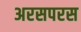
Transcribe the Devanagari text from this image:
अरसपरस